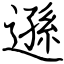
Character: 遜